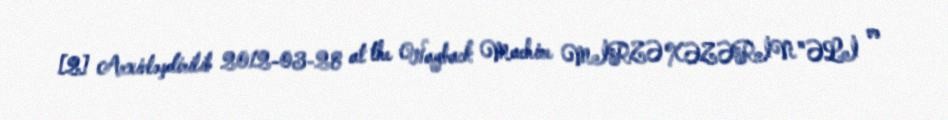
[2] Arxivləşdirilib 2012-03-28 at the Wayback Machine MİRZƏ XƏZƏRİN "ƏLİ və